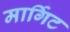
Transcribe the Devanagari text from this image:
मार्गिट